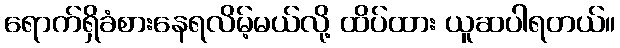
ရောက်ရှိခံစားနေရလိမ့်မယ်လို့ ထိပ်ထား ယူဆပါရတယ်။